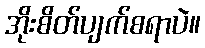
အိုးစိတ်ပျက်စရာပဲ။